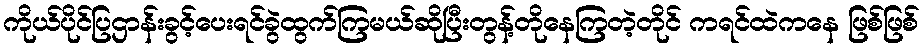
ကိုယ်ပိုင်ပြဌာန်းခွင့်ပေးရင်ခွဲထွက်ကြမယ်ဆိုပြီးတွန့်တိုနေကြတဲ့တိုင် ကရင်ထဲကနေ ဖြစ်ဖြစ်